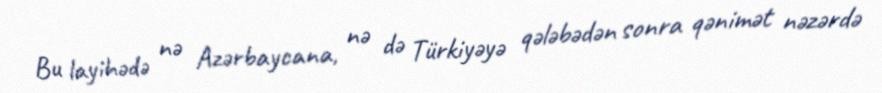
Bu layihədə nə Azərbaycana, nə də Türkiyəyə qələbədən sonra qənimət nəzərdə